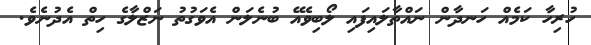
ހުރިހާ ކަމެއް ހަނދާން ނައްތާލައިފައި ލޯބިވެއޭ ބުނެލަން އެވަގުތު ނަޒްލާގެ ހިތް އެދުނެވެ.